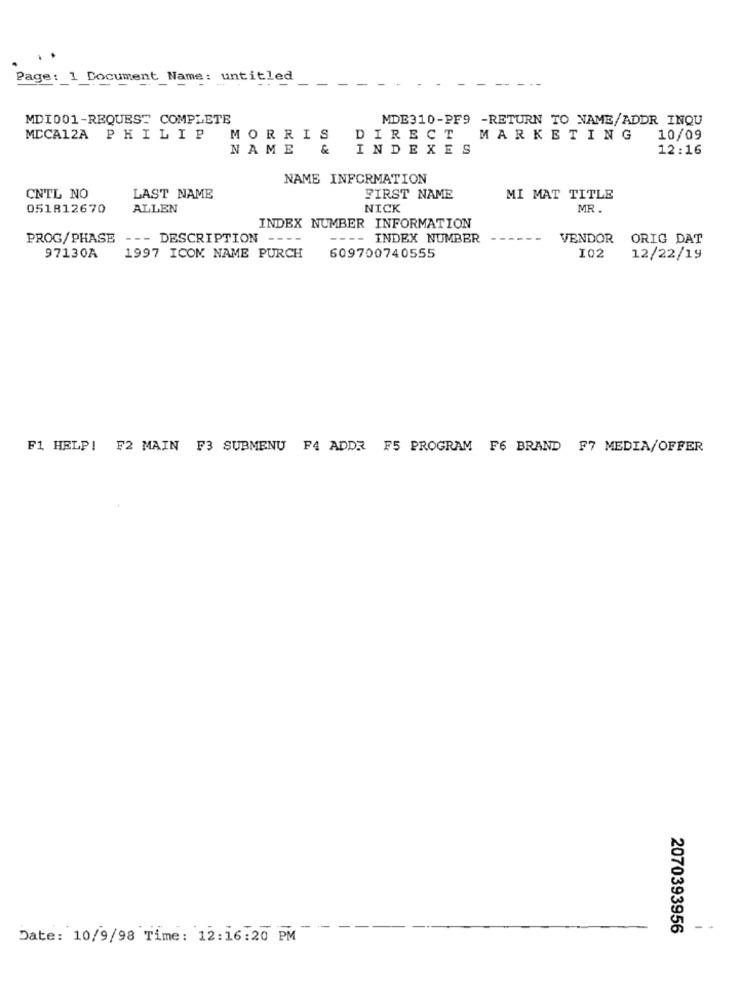
Page: 1 Document Name: untitled
-- -
MDI001-REQUEST COMPLETE
MDE310-PF9 -RETURN TO NAME/ADDR INQU
MCCA12A PHILIP
MORRIS
DIRECT
MARKETING
10/09
NAME & INDEXES
12:16
NAME INFORMATION
CNTL NO
LAST NAME
FIRST NAME
MI MAT TITLE
051812670
ALLEN
NICK
MR .
INDEX NUMBER INFORMATION
PROG/PHASE --- DESCRIPTION ----
---- INDEX NUMBER
VENDOR
ORIG DAT
97130A
1997 ICOM NAME PURCH
609700740555
I02
12/22/19
F1 HELP! F2 MAIN F3 SUBMENU F4 ADDR F5 PROGRAM F6 BRAND F7 MEDIA/OFFER
-
-
2070393956
--
Date: 10/9/98 Time: 12:16:20 PM